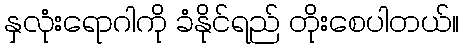
နှလုံးရောဂါကို ခံနိုင်ရည် တိုးစေပါတယ်။